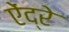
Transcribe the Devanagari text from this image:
ऐंद्रे